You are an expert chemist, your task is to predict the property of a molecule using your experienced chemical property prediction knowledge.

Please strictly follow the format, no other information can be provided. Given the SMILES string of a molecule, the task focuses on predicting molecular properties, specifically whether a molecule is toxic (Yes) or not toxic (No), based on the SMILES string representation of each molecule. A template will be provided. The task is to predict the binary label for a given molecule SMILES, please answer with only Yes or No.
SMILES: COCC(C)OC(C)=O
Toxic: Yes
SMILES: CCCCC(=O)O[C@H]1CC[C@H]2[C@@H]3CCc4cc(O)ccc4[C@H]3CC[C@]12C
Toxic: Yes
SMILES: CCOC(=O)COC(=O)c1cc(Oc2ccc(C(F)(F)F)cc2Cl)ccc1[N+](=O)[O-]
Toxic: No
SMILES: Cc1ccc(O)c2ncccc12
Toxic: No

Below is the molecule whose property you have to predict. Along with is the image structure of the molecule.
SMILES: C[C@]12CC[C@H]3[C@@H](CCC4=C(Cl)C(=O)CC[C@@]43C)[C@@H]1CC[C@@H]2O
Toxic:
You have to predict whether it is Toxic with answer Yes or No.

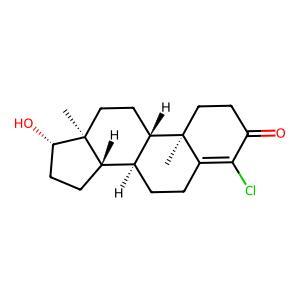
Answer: Yes